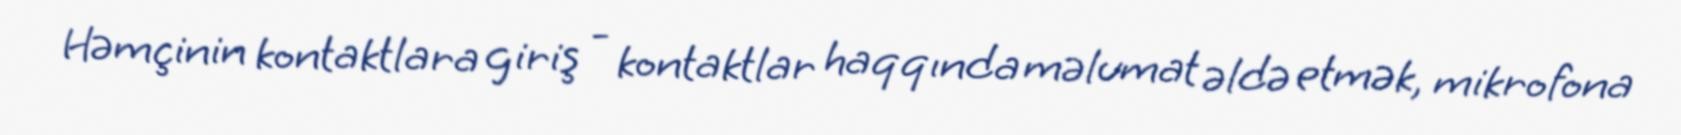
Həmçinin kontaktlara giriş - kontaktlar haqqında məlumat əldə etmək, mikrofona